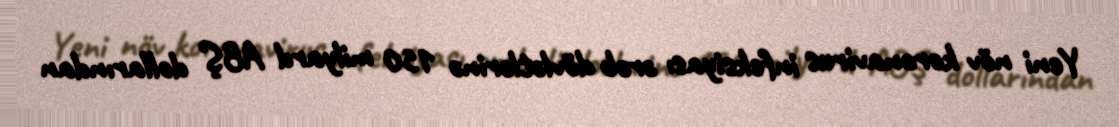
Yeni növ koronavirus infeksiyası ərəb dövlətlərinə 150 milyard ABŞ dollarından